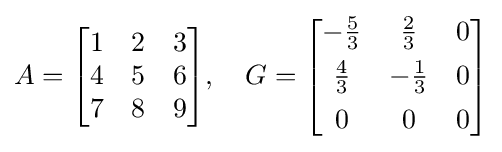
A={\begin{bmatrix}1&2&3\\4&5&6\\7&8&9\end{bmatrix}},\quad G={\begin{bmatrix}-{\frac {5}{3}}&{\frac {2}{3}}&0\\[4pt]{\frac {4}{3}}&-{\frac {1}{3}}&0\\[4pt]0&0&0\end{bmatrix}}